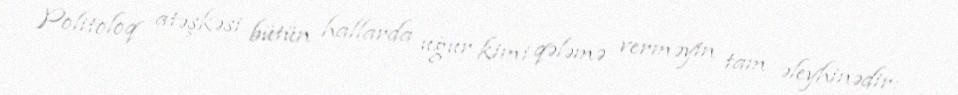
Politoloq atəşkəsi bütün hallarda uğur kimi qələmə verməyin tam əleyhinədir: